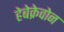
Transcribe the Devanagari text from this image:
हेबेक्रेवोन